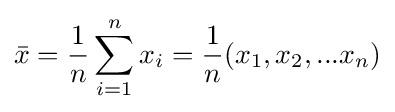
{\bar {x}}={\frac {1}{n}}\sum _{i=1}^{n}x_{i}={\frac {1}{n}}(x_{1},x_{2},...x_{n})